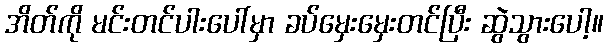
အိတ်ကို မင်းတင်ပါးပေါ်မှာ ခပ်မှေးမှေးတင်ပြီး ဆွဲသွားပေါ့။